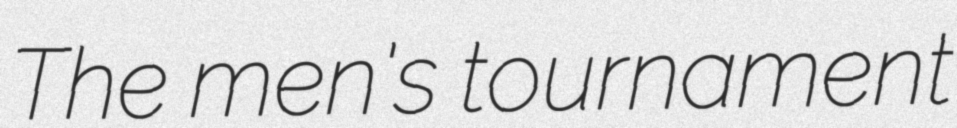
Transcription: The men's tournament